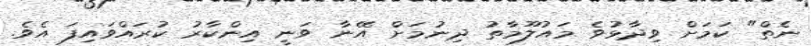
ނެތް" ކަމަށް ވިދާޅުވެ މައުލޫމާތު ދިނުމަށް އޭނާ ވަނީ އިންކާރު ކުރައްވައިފަ އެވެ.